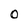
Character: O